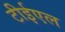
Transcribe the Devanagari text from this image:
टीईएल